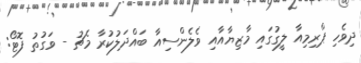
ދިވެހި ޕްރިމިއާ ލީގުގައި މާޒިޔާއާއި ވެލެންސިއާ ބައްދަލުކުރާ މެޗު - ވަގުތު ފޮޓޯ: